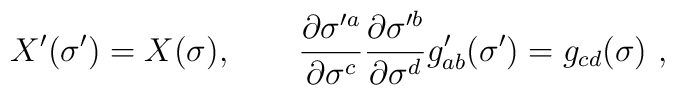
X'(\sigma') = X(\sigma), \qquad\frac{\partial \sigma'^a}{\partial \sigma^c}\frac{\partial \sigma'^b}{\partial \sigma^d} g'_{ab}(\sigma') =g_{cd}(\sigma)\ ,